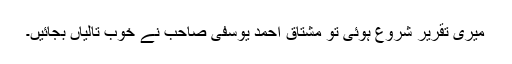
میری تقریر شروع ہوئی تو مشتاق احمد یوسفی صاحب نے خوب تالیاں بجائیں۔